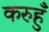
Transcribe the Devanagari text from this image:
करुहुँ